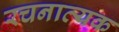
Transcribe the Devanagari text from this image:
रचनात्यक